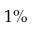
1 \%